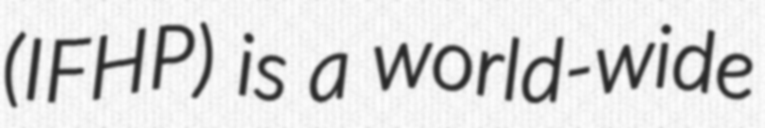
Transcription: (IFHP) is a world-wide